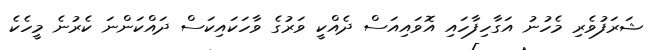
ޝަރަފުވެރި މެހުނު އަގާހިފާހައި އޮވައިއަސް ދެއްކީ ވަރުގެ ވާހަކައިކަސް ދައްކަންނަ ކެރުނެ މީހެކެ